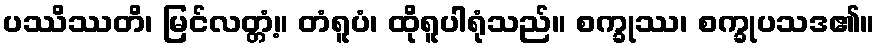
ပဿိဿတိ၊ မြင်လတ္တံ့။ တံရူပံ၊ ထိုရူပါရုံသည်။ စက္ခုဿ၊ စက္ခုပသဒ၏။